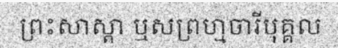
ព្រះសាស្តា ឬសព្រហ្មចារីបុគ្គល